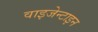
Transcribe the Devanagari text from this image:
वाइजेन्टाइन